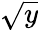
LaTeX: \sqrt{y}